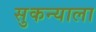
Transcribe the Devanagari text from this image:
सुकन्याला